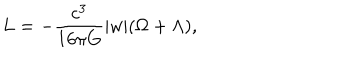
L = - { \frac { c ^ { 3 } } { 1 6 { \pi } G } } \vert w \vert ( \Omega + \Lambda ) ,